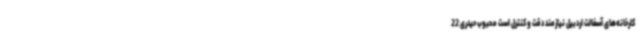
کارخانه‌های آسفالت اردبیل نیازمند دقت و کنترل است محبوب حیدری 22